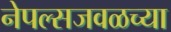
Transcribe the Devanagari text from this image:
नेपल्सजवळच्या